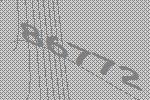
86772